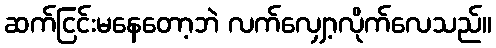
ဆက်ငြင်းမနေတော့ဘဲ လက်လျှော့လိုက်လေသည်။